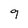
Character: 9